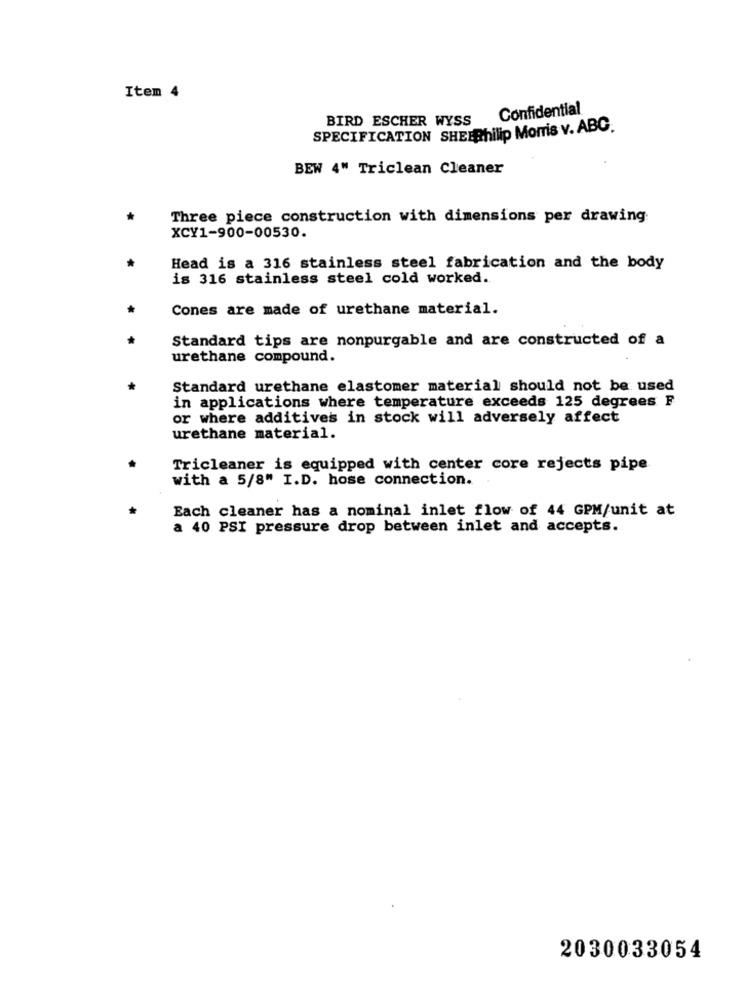
Item 4
Confidential
BIRD ESCHER WYSS
SPECIFICATION SHEEPhilip Morris v. ABC.
BEW 4" Triclean Cleaner
Three piece construction with dimensions per drawing
XCY1-900-00530.
Head is a 316 stainless steel fabrication and the body
is 316 stainless steel cold worked.
Cones are made of urethane material.
Standard tips are nonpurgable and are constructed of a
urethane compound.
Standard urethane elastomer material should not be used
in applications where temperature exceeds 125 degrees F
or where additives in stock will adversely affect
urethane material.
Tricleaner is equipped with center core rejects pipe
with a 5/8" I.D. hose connection.
Each cleaner has a nominal inlet flow of 44 GPM/unit at
a 40 PSI pressure drop between inlet and accepts.
2030033054